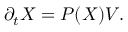
\partial _ { t } { X } = P ( X ) V .